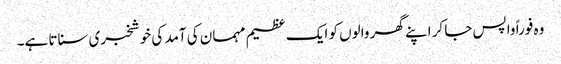
وہ فوراً واپس جا کر اپنے گھر والوں کو ایک عظیم مہمان کی آمد کی خوشخبری سناتا ہے۔